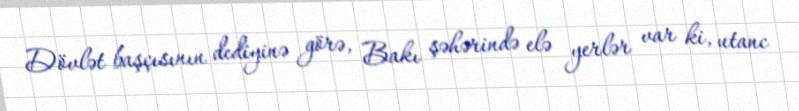
Dövlət başçısının dediyinə görə, Bakı şəhərində elə yerlər var ki, utanc